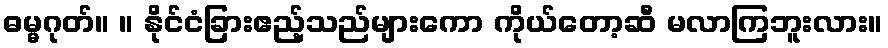
ဓမ္မဂုတ်။ ။ နိုင်ငံခြားဧည့်သည်များကော ကိုယ်တော့ဆီ မလာကြဘူးလား။